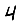
Digit: 4